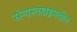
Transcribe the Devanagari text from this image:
संन्यस्तखड्गमधील